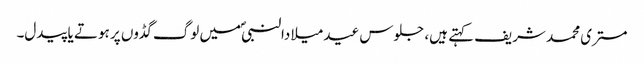
مستری محمد شریف کہتے ہیں، جلوس عید میلادالنبیؐ میں لوگ گڈوں پر ہوتے یا پیدل۔